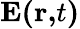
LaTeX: \mathbf{E(r,}t\mathbf{)}